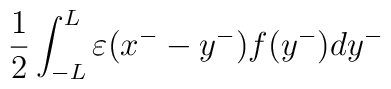
\frac{1}{2}\int^L_{-L}{\varepsilon}(x^--y^-)f(y^-)dy^-